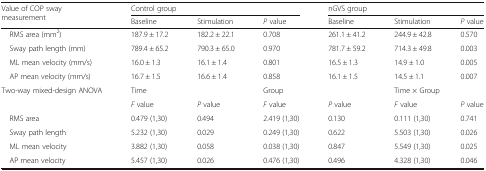
<table><thead><tr><td rowspan="2"><b>Value of COP sway measurement</b></td><td colspan="3"><b>Control group</b></td><td colspan="3"><b>nGVS group</b></td></tr><tr><td><b>Baseline</b></td><td><b>Stimulation</b></td><td><b><i>P</i> value</b></td><td><b>Baseline</b></td><td><b>Stimulation</b></td><td><b><i>P</i> value</b></td></tr></thead><tbody><tr><td> RMS area (mm<sup>2</sup>)</td><td>187.9 ± 17.2</td><td>182.2 ± 22.1</td><td>0.708</td><td>261.1 ± 41.2</td><td>244.9 ± 42.8</td><td>0.570</td></tr><tr><td> Sway path length (mm)</td><td>789.4 ± 65.2</td><td>790.3 ± 65.0</td><td>0.970</td><td>781.7 ± 59.2</td><td>714.3 ± 49.8</td><td>0.003</td></tr><tr><td> ML mean velocity (mm/s)</td><td>16.0 ± 1.3</td><td>16.1 ± 1.4</td><td>0.801</td><td>16.5 ± 1.3</td><td>14.9 ± 1.0</td><td>0.005</td></tr><tr><td> AP mean velocity (mm/s)</td><td>16.7 ± 1.5</td><td>16.6 ± 1.4</td><td>0.858</td><td>16.1 ± 1.5</td><td>14.5 ± 1.1</td><td>0.007</td></tr><tr><td rowspan="2">Two-way mixed-design ANOVA</td><td colspan="2">Time</td><td colspan="2">Group</td><td colspan="2">Time × Group</td></tr><tr><td><i>F</i> value</td><td><i>P</i> value</td><td><i>F</i> value</td><td><i>P</i> value</td><td><i>F</i> value</td><td><i>P</i> value</td></tr><tr><td> RMS area</td><td>0.479 (1,30)</td><td>0.494</td><td>2.419 (1,30)</td><td>0.130</td><td>0.111 (1,30)</td><td>0.741</td></tr><tr><td> Sway path length</td><td>5.232 (1,30)</td><td>0.029</td><td>0.249 (1,30)</td><td>0.622</td><td>5.503 (1,30)</td><td>0.026</td></tr><tr><td> ML mean velocity</td><td>3.882 (1,30)</td><td>0.058</td><td>0.038 (1,30)</td><td>0.847</td><td>5.549 (1,30)</td><td>0.025</td></tr><tr><td> AP mean velocity</td><td>5.457 (1,30)</td><td>0.026</td><td>0.476 (1,30)</td><td>0.496</td><td>4.328 (1,30)</td><td>0.046</td></tr></tbody></table>